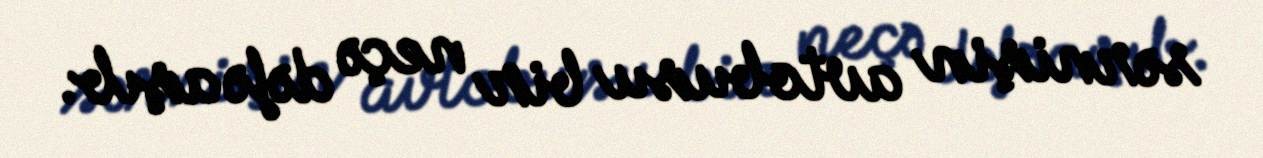
sərnişin avtobusu bir neçə dəfə aşıb.